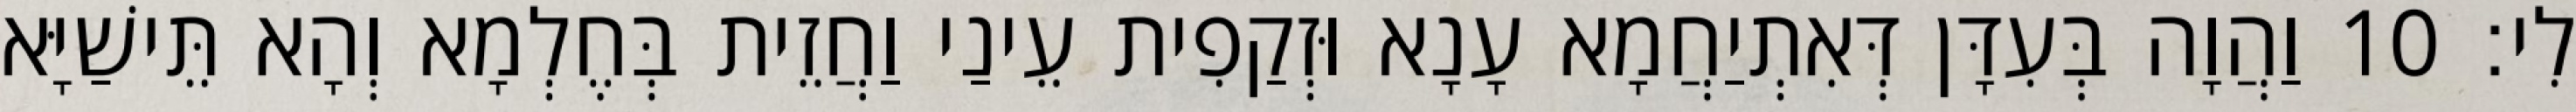
לִי׃ 10 וַהֲוָה בְּעִדָּן דְּאִתְיַחֲמָא עָנָא וּזְקַפִית עֵינַי וַחֲזֵית בְּחֶלְמָא וְהָא תֵּישַׁיָּא